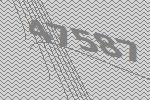
47587